Vital statistics of India. Vol. IV, Annual returns from 1871 to 1876. British Army of India, Native Army and jails of Bengal
Year: 1871
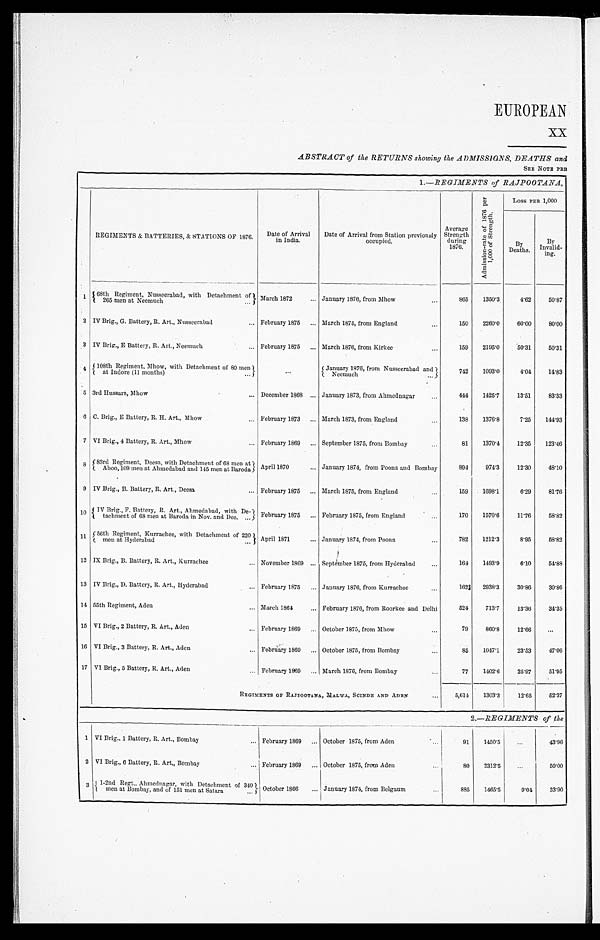
EUROPEAN
xx
ABSTRACT of the RETURNS showing the ADMISSIONS, DEATHS and
SEE NOTE PRE
1.—REGIMENTS of RAJPOOTANA,
REGIMENTS & BATTERIES, & STATIONS OF 1876. Date of Arrival i n I n d i a .
Date of Arrival from Station previously
occupied.
Average
Strength
during
1876.
A d m i s s i o n - r a t e o f 1 8 7 6 p e r
1 , 0 0 0 o f S t r e n g t h .
LOSS PER 1, 000
By
Deaths.
By
Invalid- ing.
1 68th Regiment, Nusseerabad, with Detachment of
265 men at Neemuch
March 1872
January 1876, from Mhow
865 1350.3
4.62 50. 87
2 IV Brig., G. Battery, R. Art., Nusseerabad
February 1875
March 1875, from England
150 2260.0 60.00 80. 00
3 IV Brig., E Battery, R. Art., Neemuch
February 1875
March 1876, from Kirkee
159 2195.0 50.31 50. 31
4 108th Regiment, Mhow, with Detachment of 80 me
n at Indore (11 months)
January 1876, from Nusseerabad and
Neemuch
742 1093.0
4.04 14. 83
5 3rd Hussars, Mhow
December 1868
January 1873, from Ahmednagar
444 1425.7 13.51 83. 33
6 C. Brig., E Battery, R. H. Art., Mhow
February 1873
March 1873, from England
138 1376.8
7.25 144. 93
7 VI Brig., 4 Battery, R. Art., Mhow
February 1869
September 1875, from Bombay
81 1370.4 12.35 123. 46
8 83rd Regiment, Deesa, with Detachment of 68 men at
Aboo, 109 men at Ahmedabad and 145 men at Baroda April 1870
January 1874, from Poona and Bombay
894
974.3 12.30 48. 10
9 IV Brig., B. Battery, R. Art., Deesa
February 1875
March 1875, from England
159 1698.1
6.29 81. 76
1 0 IV Brig., F. Battery, R. Art., Ahmedabad, with De-
tachment of 68 men at Baroda in Nov. and Dec. February 1875
February 1875, from England
170 1570.6 11.76 58. 82
1 1 56th Regiment, Kurrachee, with Detachment of 220
men at Hyderabad
April 1871
1874, from Poona
782 1212.3
8.95 58. 82
12 IX Brig., B. Battery, R. Art., Kurrachee
November 1869
September 1875, from Hyderabad
164 1493.9
6.10 54. 88
13 IV Brig„ D. Battery, R. Art., Hyderabad
February 1875
January 1876, from Kurrachee
162 2938.3
30.86 30. 86
14 55th Regiment, Aden
March 1864
February 1876, from Roorkee and Delhi
524 713.7
13.30 34. 35
15 VI Brig,, 2 Battery, R. Art., Aden
February 1869
October 1875, from Mhow
79
860.8
12.66
16 VI Brig., 3 Battery, R. Art., Aden
February 1869 October 1875, from Bombay
8 5 1047.1
23.53 47. 06
17 VI Brig., 5 Battery, R. Art,, Aden
February 1869
March 1876, from Bombay
77 1402.6
25.97 51. 95
REGIMENTS OF RAJPOOTANA, MALWA, SCINDE AND ADEN
5,614 1303.3
12.65 52. 37
2.—REGIMENTS of the
1 VI Brig., 1 Battery, R. Art., Bombay
February 1869
October 1875, from Aden
91 1450.5
43. 96
2 2 VI Brig., 6 Battery, R. Art„ Bombay
February 1869
October 1875, from Aden
80 2312.5
50. 00
3
1-2nd Regt., Ahmednagar, with Detachment of 340
men at Bombay, and of 151 men at Satara
October 1866
January 1874, from Belgium
885 1465.5
9.04
33. 90